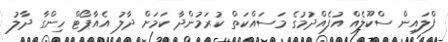
ފްލައިން ސްކޫލެއް އުފެއްދުމުގެ މަސައްކަތް ކުރަމުންދާ ކަމަށް ދާލު އެއާޕޯޓް ހިންގާ ދާލު